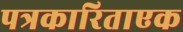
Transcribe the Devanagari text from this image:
पत्रकारिताएक